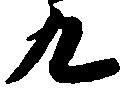
九